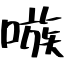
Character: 嗾